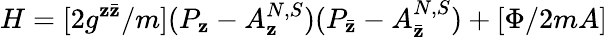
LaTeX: H=[2g^{\mathbf{z}\bar{{\mathbf{z}}}}/m](P_{\mathbf{z}}-A_{\mathbf{z}}^{N,S})(P_{\bar{{\mathbf{z}}}}-A_{\bar{{\mathbf{z}}}}^{N,S})+[\Phi/2mA]